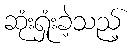
ဆုံးရှုံးခဲ့သည့်